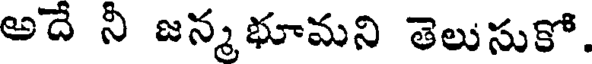
అదే నీ జన్మభూమని తెలుసుకో.